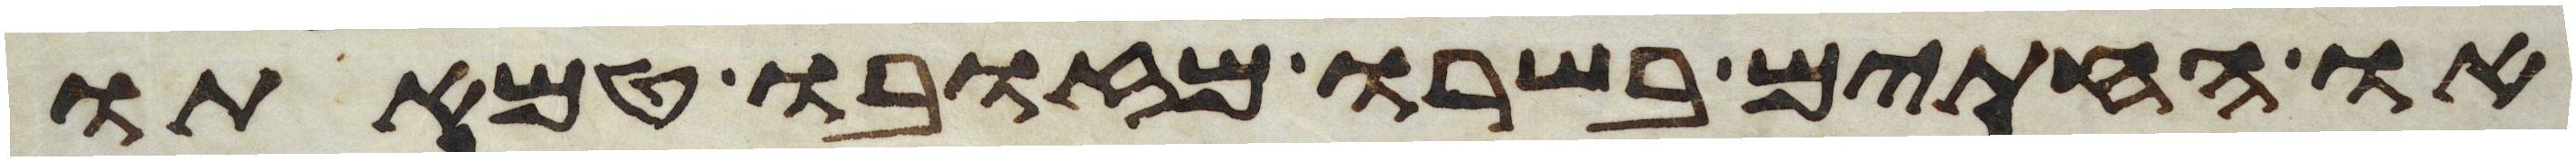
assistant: או החתים בשרו מזובו טמאתו